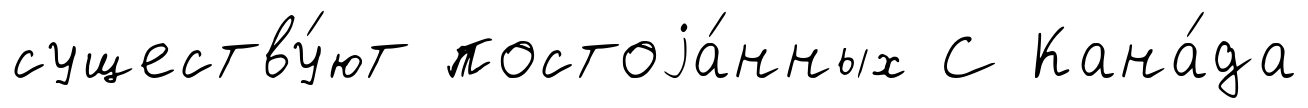
существу́ют постоjа́нных С Кана́да